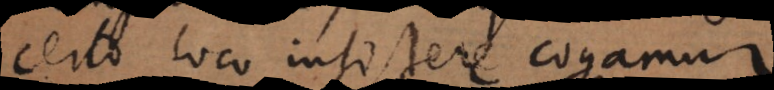
certo loco insistere cogamur.